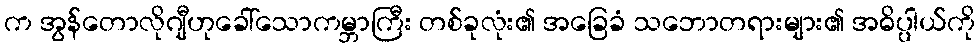
က အွန်တောလိုဂျီဟုခေါ်သောကမ္ဘာကြီး တစ်ခုလုံး၏ အခြေခံ သဘောတရားများ၏ အဓိပ္ပါယ်ကို